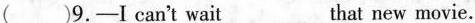
( )9.—I can't wait_that new movie.